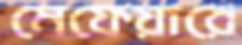
মেফেয়ারে